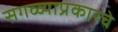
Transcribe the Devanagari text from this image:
सगळ्याप्रकारचे